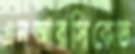
এনআরসিকেভ